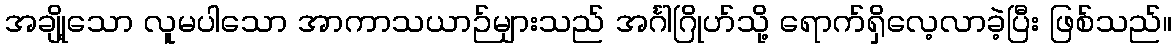
အချို့သော လူမပါသော အာကာသယာဉ်များသည် အင်္ဂါဂြိုဟ်သို့ ရောက်ရှိလေ့လာခဲ့ပြီး ဖြစ်သည်။